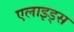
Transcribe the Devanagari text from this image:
एलाइड्स